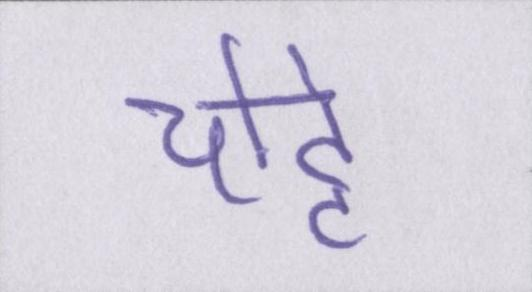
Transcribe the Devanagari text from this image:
चोट्टे